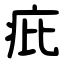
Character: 疪